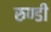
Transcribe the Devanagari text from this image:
रुण्डी